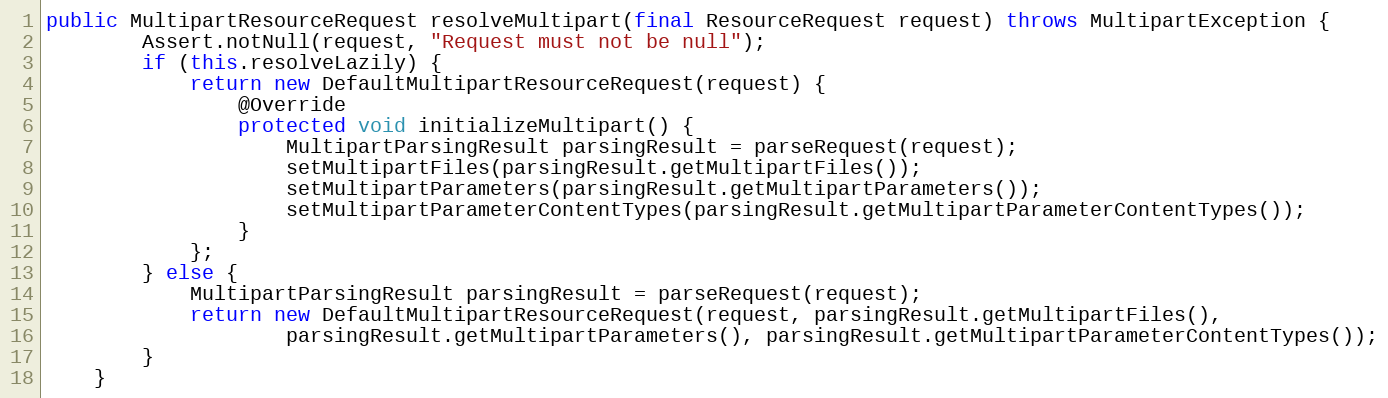
Language: Java
public MultipartResourceRequest resolveMultipart(final ResourceRequest request) throws MultipartException {
        Assert.notNull(request, "Request must not be null");
        if (this.resolveLazily) {
            return new DefaultMultipartResourceRequest(request) {
                @Override
                protected void initializeMultipart() {
                    MultipartParsingResult parsingResult = parseRequest(request);
                    setMultipartFiles(parsingResult.getMultipartFiles());
                    setMultipartParameters(parsingResult.getMultipartParameters());
                    setMultipartParameterContentTypes(parsingResult.getMultipartParameterContentTypes());
                }
            };
        } else {
            MultipartParsingResult parsingResult = parseRequest(request);
            return new DefaultMultipartResourceRequest(request, parsingResult.getMultipartFiles(),
                    parsingResult.getMultipartParameters(), parsingResult.getMultipartParameterContentTypes());
        }
    }